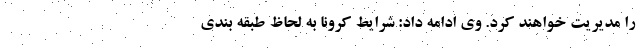
را مدیریت خواهند کرد. وی ادامه داد: شرایط کرونا به لحاظ طبقه بندی